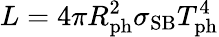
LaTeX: L=4\pi R_{\mathrm{ph}}^{2}\sigma_{\mathrm{SB}}T_{\mathrm{ph}}^{4}